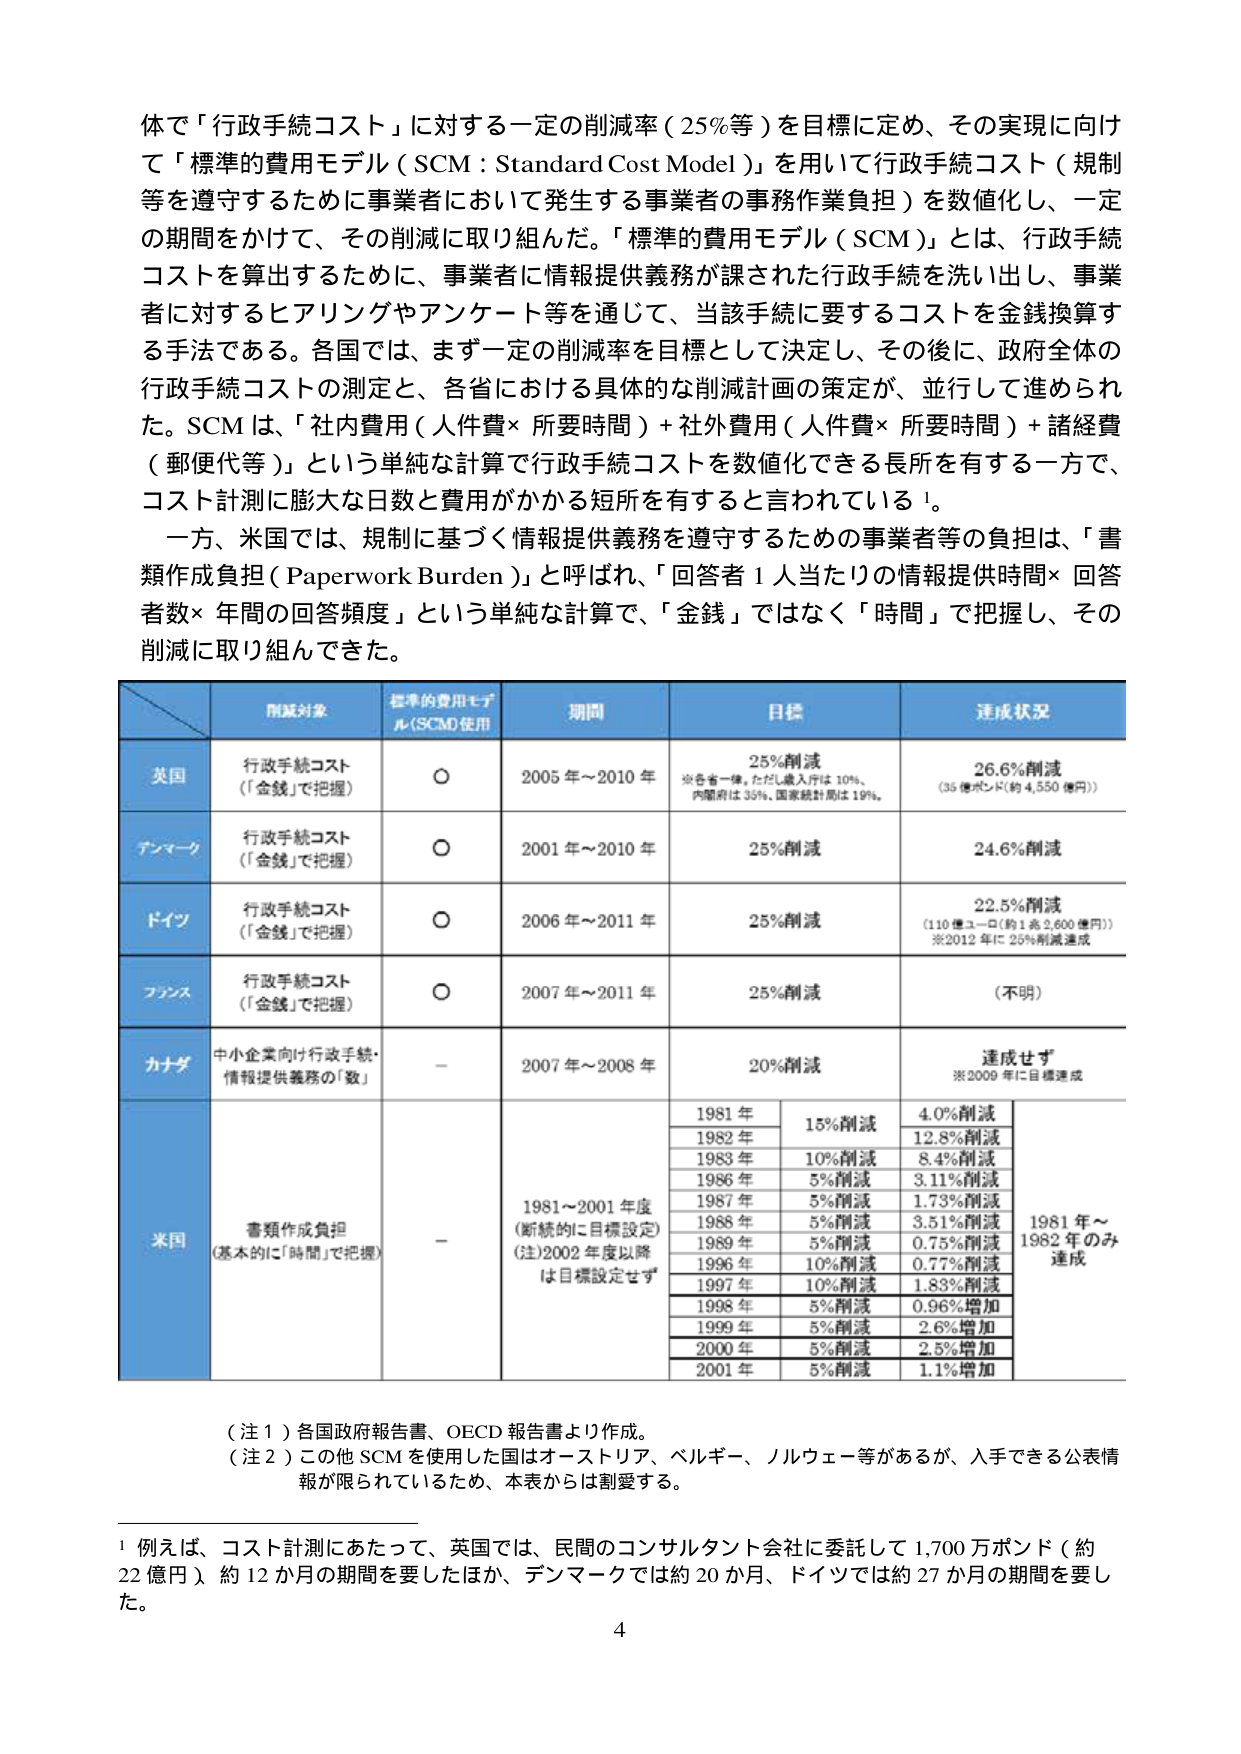
体で「行政手続コスト」に対する一定の削減率（25％等）を目標に定め、その実現に向け
て「標準的費用モデル（SCM：Standard Cost Model）」を用いて行政手続コスト（規制
等を遵守するために事業者において発生する事業者の事務作業負担）を数値化し、一定
の期間をかけて、その削減に取り組んだ。「標準的費用モデル（SCM）」とは、行政手続
コストを算出するために、事業者に情報提供義務が課された行政手続を洗い出し、事業
者に対するヒアリングやアンケート等を通じて、当該手続に要するコストを金銭換算す
る手法である。各国では、まず一定の削減率を目標として決定し、その後に、政府全体の
行政手続コストの測定と、各省における具体的な削減計画の策定が、並行して進められ
た。SCMは、「社内費用（人件費×所要時間）＋社外費用（人件費×所要時間）＋諸経費
（郵便代等）」という単純な計算で行政手続コストを数値化できる長所を有する一方で、
コスト計測に膨大な日数と費用がかかる短所を有すると言われている¹。

一方、米国では、規制に基づく情報提供義務を遵守するための事業者等の負担は、「書
類作成負担（Paperwork Burden）」と呼ばれ、「回答者1人当たりの情報提供時間×回答
者数×年間の回答頻度」という単純な計算で、「金銭」ではなく「時間」で把握し、その
削減に取り組んできた。

削減対象 標準的費用モデル(SCM)使用 期間 目標 達成状況
英国 行政手続コスト（「金銭」で把握） ○ 2005年～2010年 25％削減 ※各省一律、ただし歳入庁は10％、内閣府は35％、国家統計局は19％。 26.6％削減（35億ポンド（約4,550億円））
デンマーク 行政手続コスト（「金銭」で把握） ○ 2001年～2010年 25％削減 24.6％削減
ドイツ 行政手続コスト（「金銭」で把握） ○ 2006年～2011年 25％削減 22.5％削減（110億ユーロ（約1兆2,600億円））※2012年に25％削減達成
フランス 行政手続コスト（「金銭」で把握） ○ 2007年～2011年 25％削減 （不明）
カナダ 中小企業向け行政手続・情報提供義務の「数」 － 2007年～2008年 20％削減 達成せず ※2009年に目標達成
米国 書類作成負担（基本的に「時間」で把握） － 1981～2001年度（断続的に目標設定）（注）2002年度以降は目標設定せず 1981年 15％削減 4.0％削減 1982年 12.8％削減 1983年 10％削減 8.4％削減 1986年 5％削減 3.11％削減 1987年 5％削減 1.73％削減 1988年 5％削減 3.51％削減 1989年 5％削減 0.75％削減 1996年 10％削減 0.77％削減 1997年 10％削減 1.88％削減 1998年 5％削減 0.96％増加 1999年 5％削減 2.6％増加 2000年 5％削減 2.5％増加 2001年 5％削減 1.1％増加 1981年～1982年のみ達成

（注１）各国政府報告書、OECD報告書より作成。
（注２）この他SCMを使用した国はオーストリア、ベルギー、ノルウェー等があるが、入手できる公表情報が限られているため、本表からは割愛する。

¹ 例えば、コスト計測にあたって、英国では、民間のコンサルタント会社に委託して1,700万ポンド（約22億円）、約12か月の期間を要したほか、デンマークでは約20か月、ドイツでは約27か月の期間を要した。

4